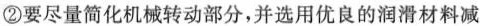
②要尽量简化机械转动部分，并选用优良的润滑材料减